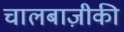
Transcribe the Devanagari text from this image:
चालबाज़ीकी